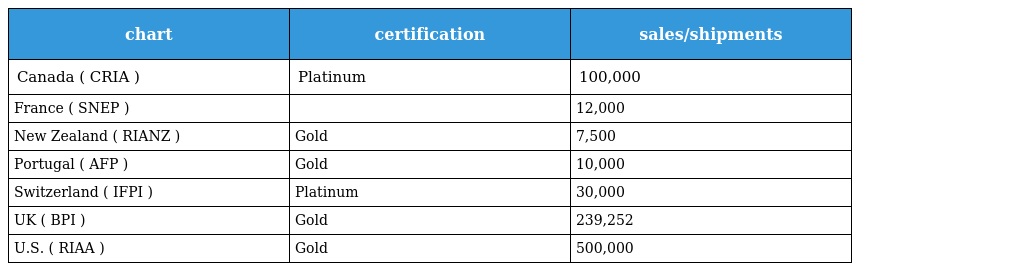
| chart | certification | sales/shipments |
 | --- | --- | --- |
 | Canada ( CRIA ) | Platinum | 100,000 |
 | France ( SNEP ) |  | 12,000 |
 | New Zealand ( RIANZ ) | Gold | 7,500 |
 | Portugal ( AFP ) | Gold | 10,000 |
 | Switzerland ( IFPI ) | Platinum | 30,000 |
 | UK ( BPI ) | Gold | 239,252 |
 | U.S. ( RIAA ) | Gold | 500,000 |